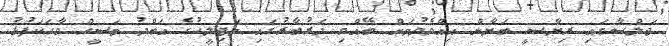
ޖަލްސާގައި ރިޔާސީ ބަޔާން އިއްވެވުމަށް ބޭއްވި ދަރުބާރުގައި މަޖިލީހުގެ އަބްދު މަސީހް ވާހަކަފުޅު